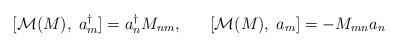
LaTeX: \begin{align*}[ {\cal M} (M) , \; a^{\dagger}_{m} ] = a^{\dagger}_{n} M_{nm}, \; \; \; \; \; \; [ {\cal M} (M) , \; a_{m} ] = - M_{mn} a_{n} \end{align*}